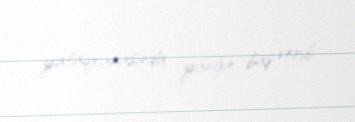
yataqxanasında yanğın baş verib.